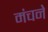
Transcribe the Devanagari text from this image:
मंचने